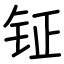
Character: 钲